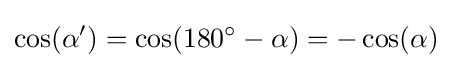
\cos(\alpha ')=\cos(180^{\circ }-\alpha )=-\cos(\alpha )